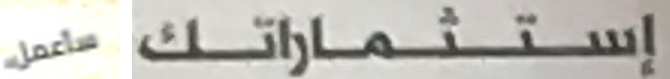
سأعمل إستثماراتك